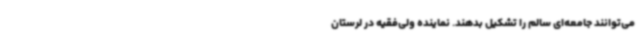
می‌توانند جامعه‌ای سالم را تشکیل بدهند. نماینده ولی‌فقیه در لرستان